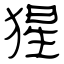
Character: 猩